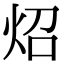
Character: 炤